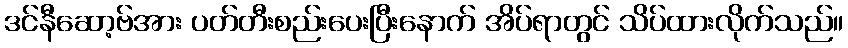
ဒင်နီဆော့ဗ်အား ပတ်တီးစည်းပေးပြီးနောက် အိပ်ရာတွင် သိပ်ထားလိုက်သည်။